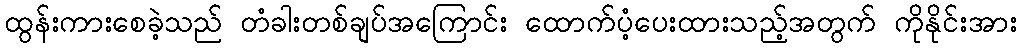
ထွန်းကားစေခဲ့သည် တံခါးတစ်ချပ်အကြောင်း ထောက်ပံ့ပေးထားသည့်အတွက် ကိုနိုင်းအား